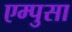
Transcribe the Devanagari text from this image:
एम्पुसा